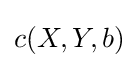
c(X,Y,b)